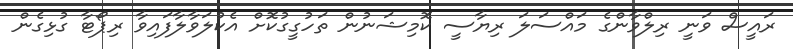
ރައީސް ވަނީ ރިލްވާންގެ މައްސަލަ ރިޔާސީ ކޮމިޝަނުން ތަހުގީގުކޮށް އެކުލަވާލާފައިވާ ރިޕޯޓާ ގުޅިގެން